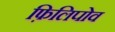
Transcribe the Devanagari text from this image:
फ़िलिपोव